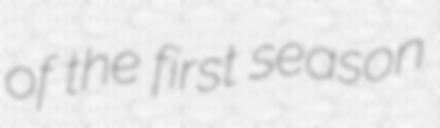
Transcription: of the first season